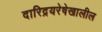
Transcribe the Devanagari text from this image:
दारिद्रयरेषेखालील